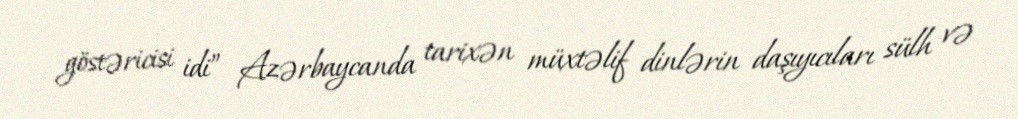
göstəricisi idi” Azərbaycanda tarixən müxtəlif dinlərin daşıyıcıları sülh və